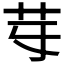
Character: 𦬤